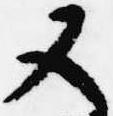
又